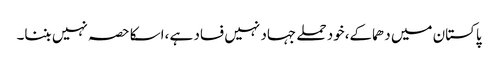
پاکستان میں دھماکے،خود حملے جہاد نہیں فساد ہے ،اسکا حصہ نہیں بننا۔